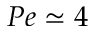
P e \simeq 4